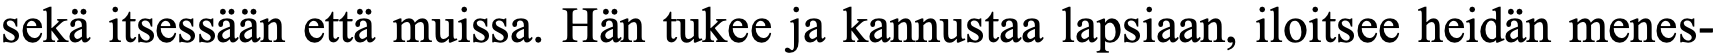
sekä itsessään että muissa. Hän tukee ja kannustaa lapsiaan, iloitsee heidän menes-